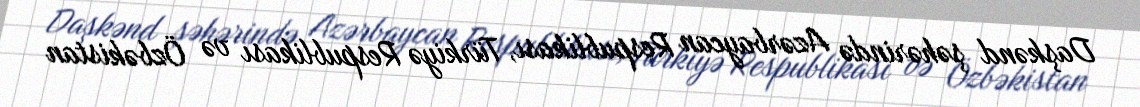
Daşkənd şəhərində Azərbaycan Respublikası, Türkiyə Respublikası və Özbəkistan